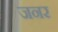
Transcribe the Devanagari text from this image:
जनर